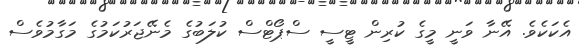
އެކަކެވެ. އޭނާ ވަނީ މީގެ ކުރިން ޓީސީ ސްޕޯޓްސް ކުލަބުގެ މެނޭޖަރުކަމުގެ މަގާމުވެސް